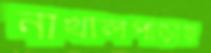
নাখালপাড়ায়